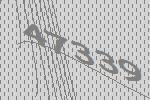
47339